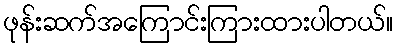
ဖုန်းဆက်အကြောင်းကြားထားပါတယ်။